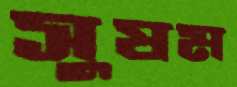
সুষম